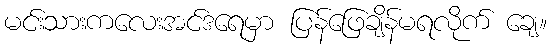
မင်းသားကလေးအင်ဒရေမှာ ပြန်ဖြေချိန်မရလိုက် ချေ။